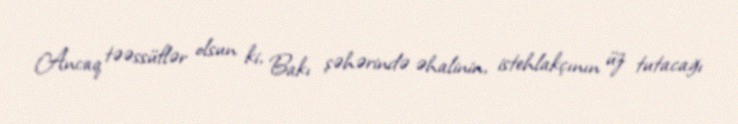
Ancaq təəssüflər olsun ki, Bakı şəhərində əhalinin, istehlakçının üz tutacağı